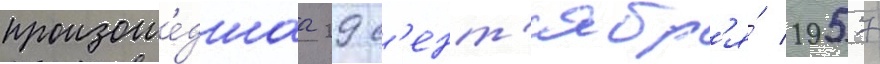
произоше́дшаа 29 с'ент'ябр'я́ 1957